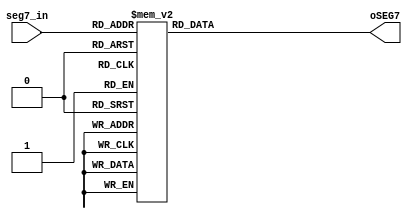
`timescale 1ns/100ps
module seg7_decode(seg7_in,oSEG7);
input		[3:0]	seg7_in;
output	[6:0]	oSEG7;
reg		[6:0]	oSEG7;

 // seg7 decoder
    always@(seg7_in)
    begin
        case(seg7_in)
            4'h0: oSEG7 = 7'b1000000; 
            4'h1: oSEG7 = 7'b1111001; 
            4'h2: oSEG7 = 7'b0100100; 
            4'h3: oSEG7 = 7'b0110000; 
            4'h4: oSEG7 = 7'b0011001; 
            4'h5: oSEG7 = 7'b0010010; 
            4'h6: oSEG7 = 7'b0000010; 
            4'h7: oSEG7 = 7'b1111000; 
            4'h8: oSEG7 = 7'b0000000; 
            4'h9: oSEG7 = 7'b0010000; 
            default: oSEG7 = 7'b1111111;
        endcase
    end
endmodule